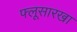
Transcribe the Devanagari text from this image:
फ्लूसारखा